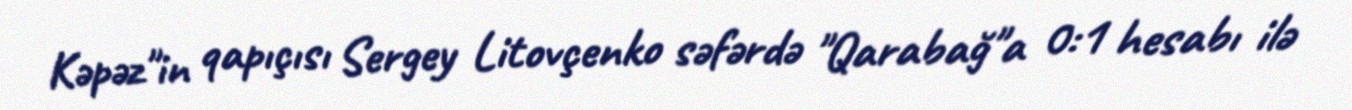
Kəpəz"in qapıçısı Sergey Litovçenko səfərdə "Qarabağ"a 0:1 hesabı ilə